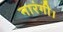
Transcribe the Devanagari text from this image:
नारंगी।